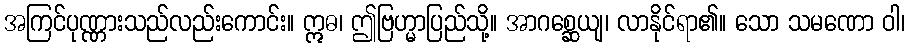
အကြင်ပုဏ္ဏားသည်လည်းကောင်း။ ဣဓ၊ ဤဗြဟ္မာပြည်သို့။ အာဂစ္ဆေယျ၊ လာနိုင်ရာ၏။ သော သမဏော ဝါ၊